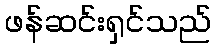
ဖန်ဆင်းရှင်သည်